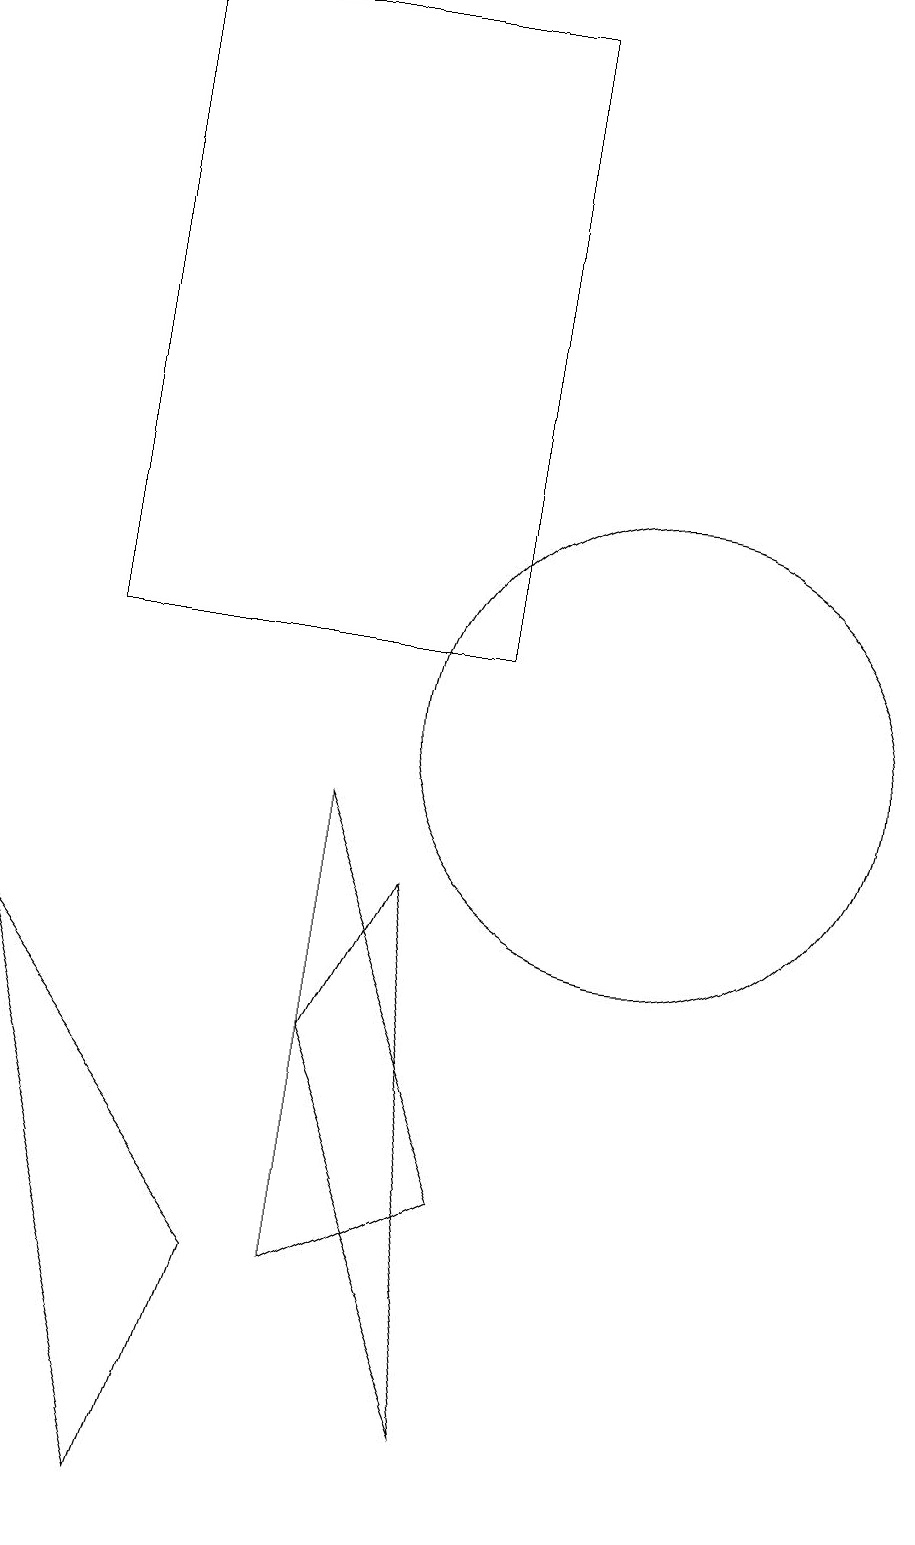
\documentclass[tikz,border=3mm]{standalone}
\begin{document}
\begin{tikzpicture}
\draw (7,6) -- (9,1) -- (8,8) -- cycle;
\draw (5,0) -- (3,7) -- (6,3) -- cycle;
\draw (9,19) rectangle (4,11);
\draw (7,3) -- (9,4) -- (7,9) -- cycle;
\draw (11,10) circle (3);
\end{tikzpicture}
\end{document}